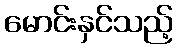
မောင်းနှင်သည့်